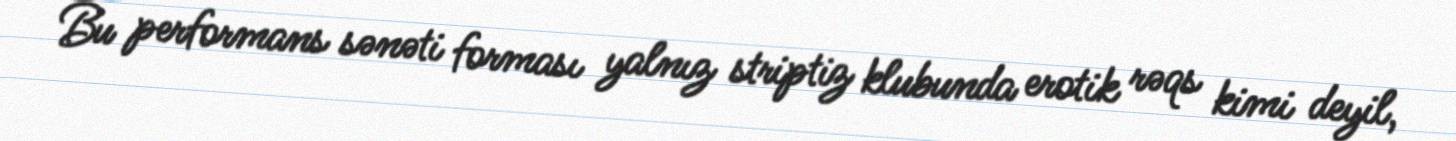
Bu performans sənəti forması yalnız striptiz klubunda erotik rəqs kimi deyil,